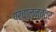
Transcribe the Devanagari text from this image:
प्रचालनतंत्र